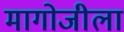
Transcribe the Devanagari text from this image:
मागोजीला